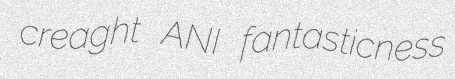
creaght ANI fantasticness